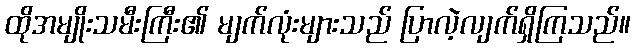
ထိုအမျိုးသမီးကြီး၏ မျက်လုံးများသည် ပြာလဲ့လျက်ရှိကြသည်။